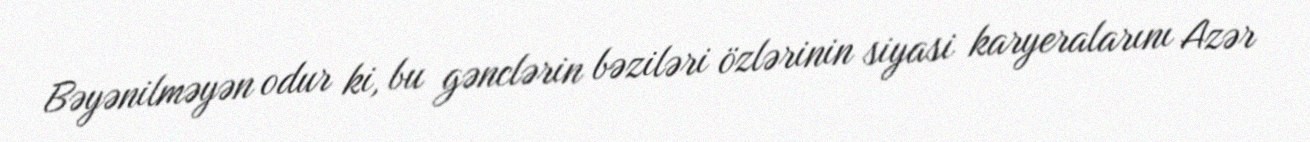
Bəyənilməyən odur ki, bu gənclərin bəziləri özlərinin siyasi karyeralarını Azər